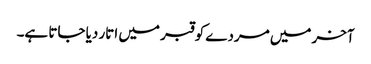
آخر میں مردے کو قبر میں اتار دیا جاتا ہے۔